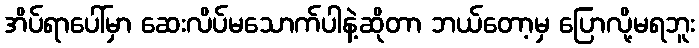
အိပ်ရာပေါ်မှာ ဆေးလိပ်မသောက်ပါနဲ့ဆိုတာ ဘယ်တော့မှ ပြောလို့မရဘူး